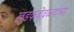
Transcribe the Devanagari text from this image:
खडकदेवळ्यांच्या